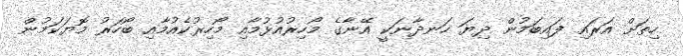
ހިތަށް އަރައި ފައިބަމުން ދިޔަ ހަނދާނަކީ އޭނާގެ މޯހިރުއުޅުމާއި މޯހިރުކެއުމާއި ބޯހަރު މޮޔަކަމުން